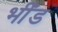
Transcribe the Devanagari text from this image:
भीँड